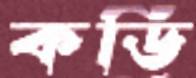
কডি